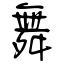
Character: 舞